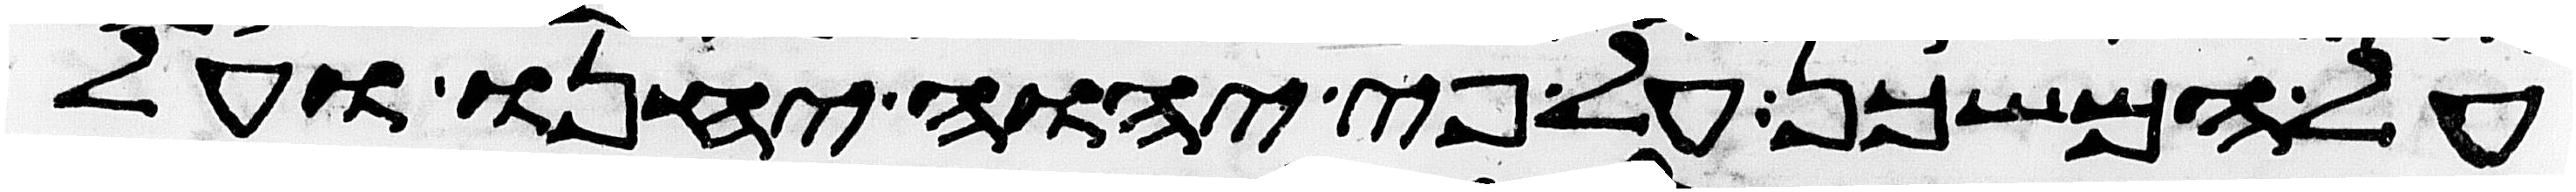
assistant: על המשכן על פי יהוה יחנו ועל